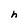
Character: h